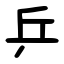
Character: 乒